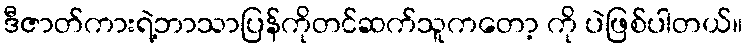
ဒီဇာတ်ကားရဲ့ဘာသာပြန်ကိုတင်ဆက်သူကတော့ ကို ပဲဖြစ်ပါတယ်။